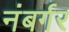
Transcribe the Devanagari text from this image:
नंबर्गर